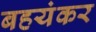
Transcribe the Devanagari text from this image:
बहयंकर